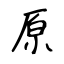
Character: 原